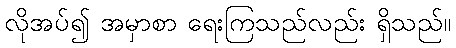
လိုအပ်၍ အမှာစာ ရေးကြသည်လည်း ရှိသည်။